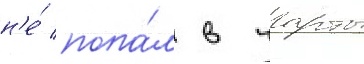
н'е́ попа́л в чарты